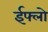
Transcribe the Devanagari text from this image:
ईफ्लो